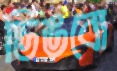
ডিঙবো